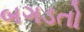
બગડતો